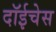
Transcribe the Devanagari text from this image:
दॉईचेस